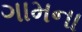
ગામના